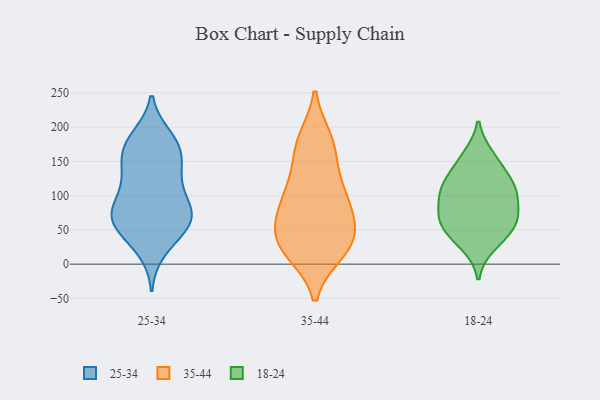
{"axis": {"x": "Operating Costs (USD K)", "y": "Value"}, "legend": ["18-24", "25-34", "35-44"], "data": [{"x": "", "y": 70, "type": "25-34"}, {"x": "", "y": 137, "type": "25-34"}, {"x": "", "y": 185, "type": "25-34"}, {"x": "", "y": 181, "type": "25-34"}, {"x": "", "y": 177, "type": "25-34"}, {"x": "", "y": 129, "type": "25-34"}, {"x": "", "y": 118, "type": "25-34"}, {"x": "", "y": 21, "type": "25-34"}, {"x": "", "y": 58, "type": "25-34"}, {"x": "", "y": 36, "type": "25-34"}, {"x": "", "y": 165, "type": "25-34"}, {"x": "", "y": 62, "type": "25-34"}, {"x": "", "y": 61, "type": "25-34"}, {"x": "", "y": 61, "type": "25-34"}, {"x": "", "y": 72, "type": "25-34"}, {"x": "", "y": 164, "type": "25-34"}, {"x": "", "y": 145, "type": "25-34"}, {"x": "", "y": 82, "type": "25-34"}, {"x": "", "y": 88, "type": "25-34"}, {"x": "", "y": 93, "type": "25-34"}, {"x": "", "y": 18, "type": "35-44"}, {"x": "", "y": 33, "type": "35-44"}, {"x": "", "y": 34, "type": "35-44"}, {"x": "", "y": 173, "type": "35-44"}, {"x": "", "y": 18, "type": "35-44"}, {"x": "", "y": 29, "type": "35-44"}, {"x": "", "y": 60, "type": "35-44"}, {"x": "", "y": 89, "type": "35-44"}, {"x": "", "y": 127, "type": "35-44"}, {"x": "", "y": 96, "type": "35-44"}, {"x": "", "y": 112, "type": "35-44"}, {"x": "", "y": 181, "type": "35-44"}, {"x": "", "y": 79, "type": "35-44"}, {"x": "", "y": 54, "type": "35-44"}, {"x": "", "y": 173, "type": "35-44"}, {"x": "", "y": 43, "type": "18-24"}, {"x": "", "y": 113, "type": "18-24"}, {"x": "", "y": 158, "type": "18-24"}, {"x": "", "y": 28, "type": "18-24"}, {"x": "", "y": 52, "type": "18-24"}, {"x": "", "y": 114, "type": "18-24"}, {"x": "", "y": 106, "type": "18-24"}, {"x": "", "y": 89, "type": "18-24"}, {"x": "", "y": 118, "type": "18-24"}, {"x": "", "y": 68, "type": "18-24"}, {"x": "", "y": 71, "type": "18-24"}, {"x": "", "y": 65, "type": "18-24"}, {"x": "", "y": 149, "type": "18-24"}]}